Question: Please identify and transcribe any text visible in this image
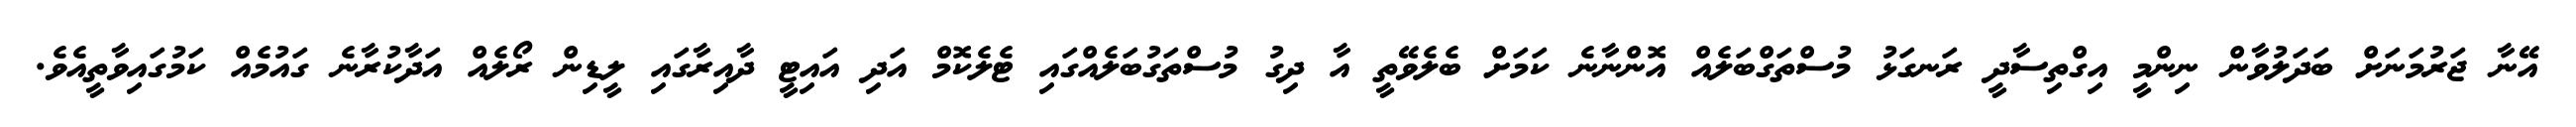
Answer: އޭނާ ޖަރުމަނަށް ބަދަލުވާން ނިންމީ އިގްތިސާދީ ރަނގަޅު މުސްތަގްބަލެއް އޮންނާނެ ކަމަށް ބެލެވޭތީ އާ ދިގު މުސްތަގުބަލެއްގައި ޓެލެކޮމް އަދި އައިޓީ ދާއިރާގައި ލީޑިން ރޯލެއް އަދާކުރާނެ ގައުމެއް ކަމުގައިވާތީއެވެ.